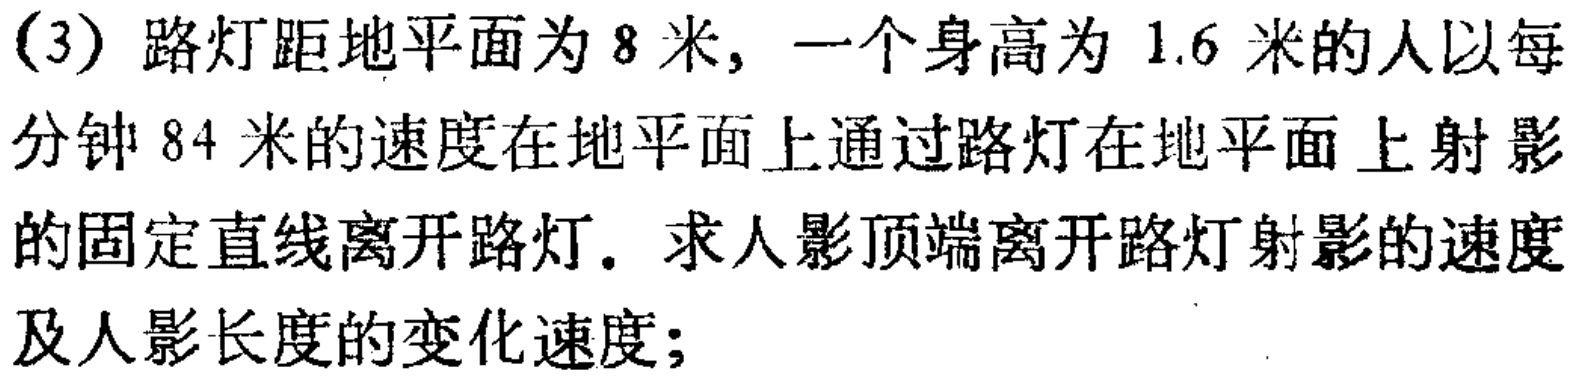
(3) 路灯距地平面为 \(8\) 米，一个身高为 \(1.6\) 米的人以每分钟 \(84\) 米的速度在地平面上通过路灯在地平面上射影的固定直线离开路灯。求人影顶端离开路灯射影的速度及人影长度的变化速度；